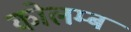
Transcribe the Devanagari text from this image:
कोलम्ब